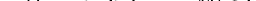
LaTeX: \smash{K_{ij}=\exp\big(-D_{ij}^{2}/\varepsilon\big)}